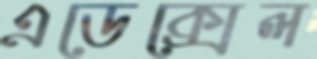
এডেক্সেল